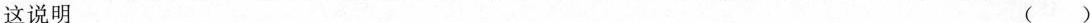
这说明 ( )